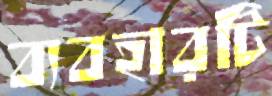
ব্যবহারটি